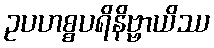
ဥပဟစ္စပရိနိဗ္ဗာယိဿ